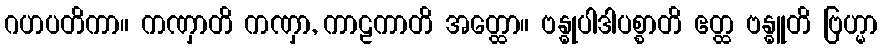
ဂဟပတိကာ။ ကဏှာတိ ကဏှာ, ကာဠကာတိ အတ္ထော။ ဗန္ဓုပါဒါပစ္စာတိ ဧတ္ထ ဗန္ဓူတိ ဗြဟ္မာ